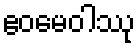
ဧဝမေဝါဿု